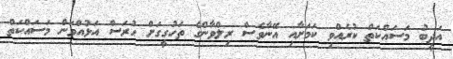
އަދީބު މަސައްކަތް ކުރެއްވި ކަމަށާއި އޭނާވެސް ރިލްވާންގެ ތަހުގީގަށް ހުރަސް އަޅުއްވަން މަސައްކަތް